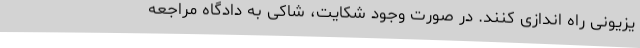
یزیونی راه اندازی کنند. در صورت وجود شکایت، شاکی به دادگاه مراجعه